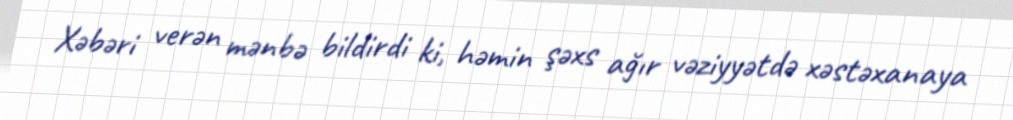
Xəbəri verən mənbə bildirdi ki, həmin şəxs ağır vəziyyətdə xəstəxanaya